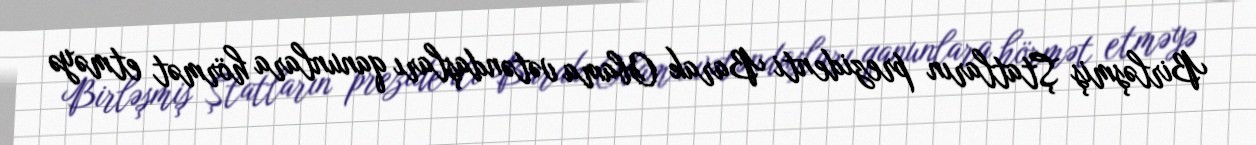
Birləşmiş Ştatların prezidenti Barak Obama vətəndaşları qanunlara hörmət etməyə